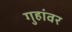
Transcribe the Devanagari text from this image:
गुहांवर